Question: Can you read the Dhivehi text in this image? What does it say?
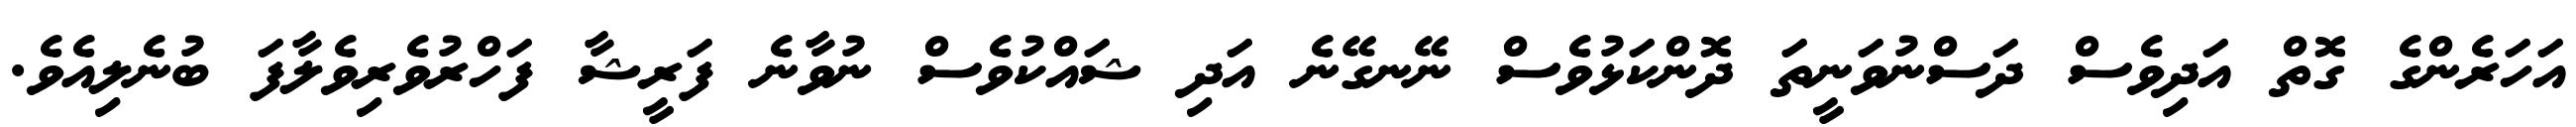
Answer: އަހަރެންގެ ގޮތް އަދިވެސް ދަސްނުވަނީތަ ދޮންކަޅުވެސް ނޭނގޭނެ އަދި ޝައްކުވެސް ނުވާނެ ފަރީޝާ ފަހްރުވެރިވެލާފަ ބުނެލިއެވެ.